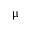
\upmu